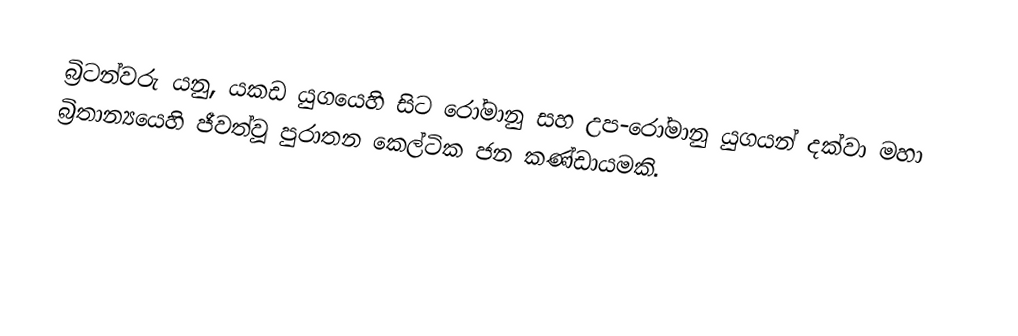
බ්‍රිටන්වරු යනු, යකඩ යුගයෙහි සිට රෝමානු සහ උප-රෝමානු යුගයන් දක්වා මහා බ්‍රිතාන්‍යයෙහි ජීවත්වූ පුරාතන කෙල්ටික ජන කණ්ඩායමකි.